Civil Veterinary Dept. North-West Frontier Province 1933-46 - 1933-1946
Year: 1933
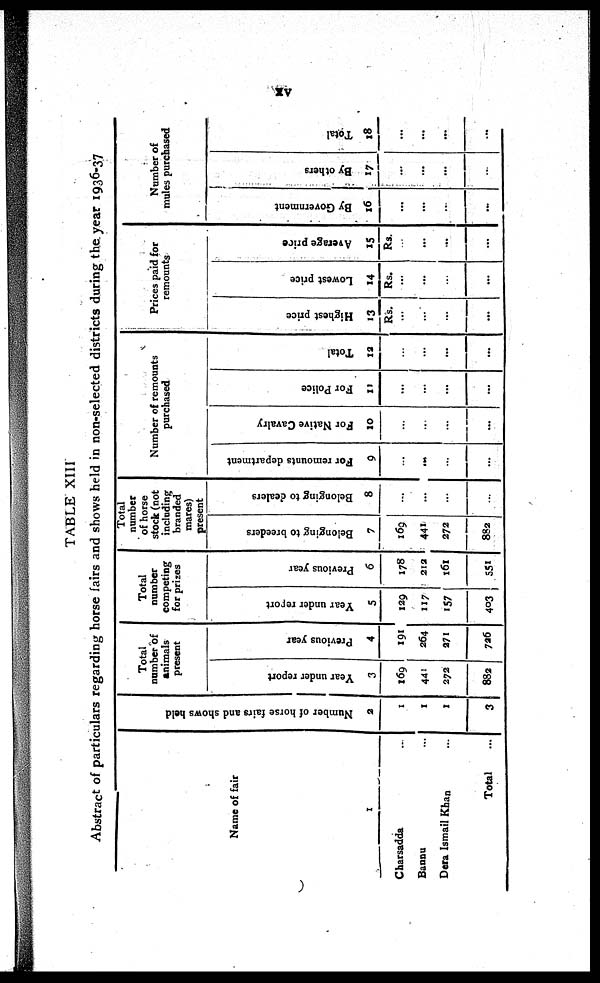
xv
TABLE XIII
Abstract of particulars regarding horse fairs and shows held in non-selected districts during the. year 1936-37
Name of fair
1
Charsadda ...
Bannu ...
Dera Ismail Khan ...
Total ...
Nu mb e r of hor se fairs and shows held
2
1
1
1
3
Total
number of
animals
present
Year under report
3
169
441
272
882
Previous year
4
191
264
271
726
Total
number
competing
for prizes
Year under report
5
129
117
157
403
Previous year
6
178
212
161
551
Total
number
of horse
stock (not
including
branded
mares)
present
Belonging to breeders
7
169
441
272
882
Belonging to dealers
8
...
...
...
...
Number of remounts
purchased
For remounts department
9
...
...
...
...
For Native Cavalry
10
...
...
...
...
For Police
11
...
...
...
...
Total
12
...
...
...
...
Prices paid for
remounts
Highest price
13
Rs.
...
...
...
...
Lowest price
14
Rs.
...
...
...
...
Average price
15
Rs.
...
...
...
...
Number of
mules purchased
By Government
16
...
...
...
...
By others
17
...
...
...
...
Total
18
...
...
...
...